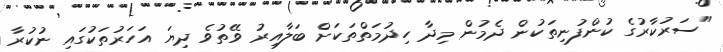
"ސަރުކާރުގެ ކުންފުނިތަކުން ދެމުން މިދާ ހިދުމަތްތަކަށް ބަލާއިރު ވޭތުވެ ދިޔަ އަހަރުތަކުގައި ނުކުރާ